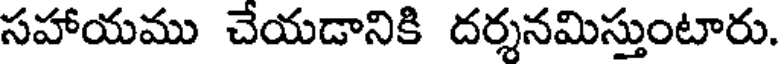
సహాయము చేయడానికి దర్శనమిస్తుంటారు.